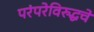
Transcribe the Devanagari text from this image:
परंपरेविरुद्धचे